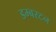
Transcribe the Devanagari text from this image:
डम्बरटन